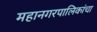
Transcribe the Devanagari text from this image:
महानगरपालिकांचा